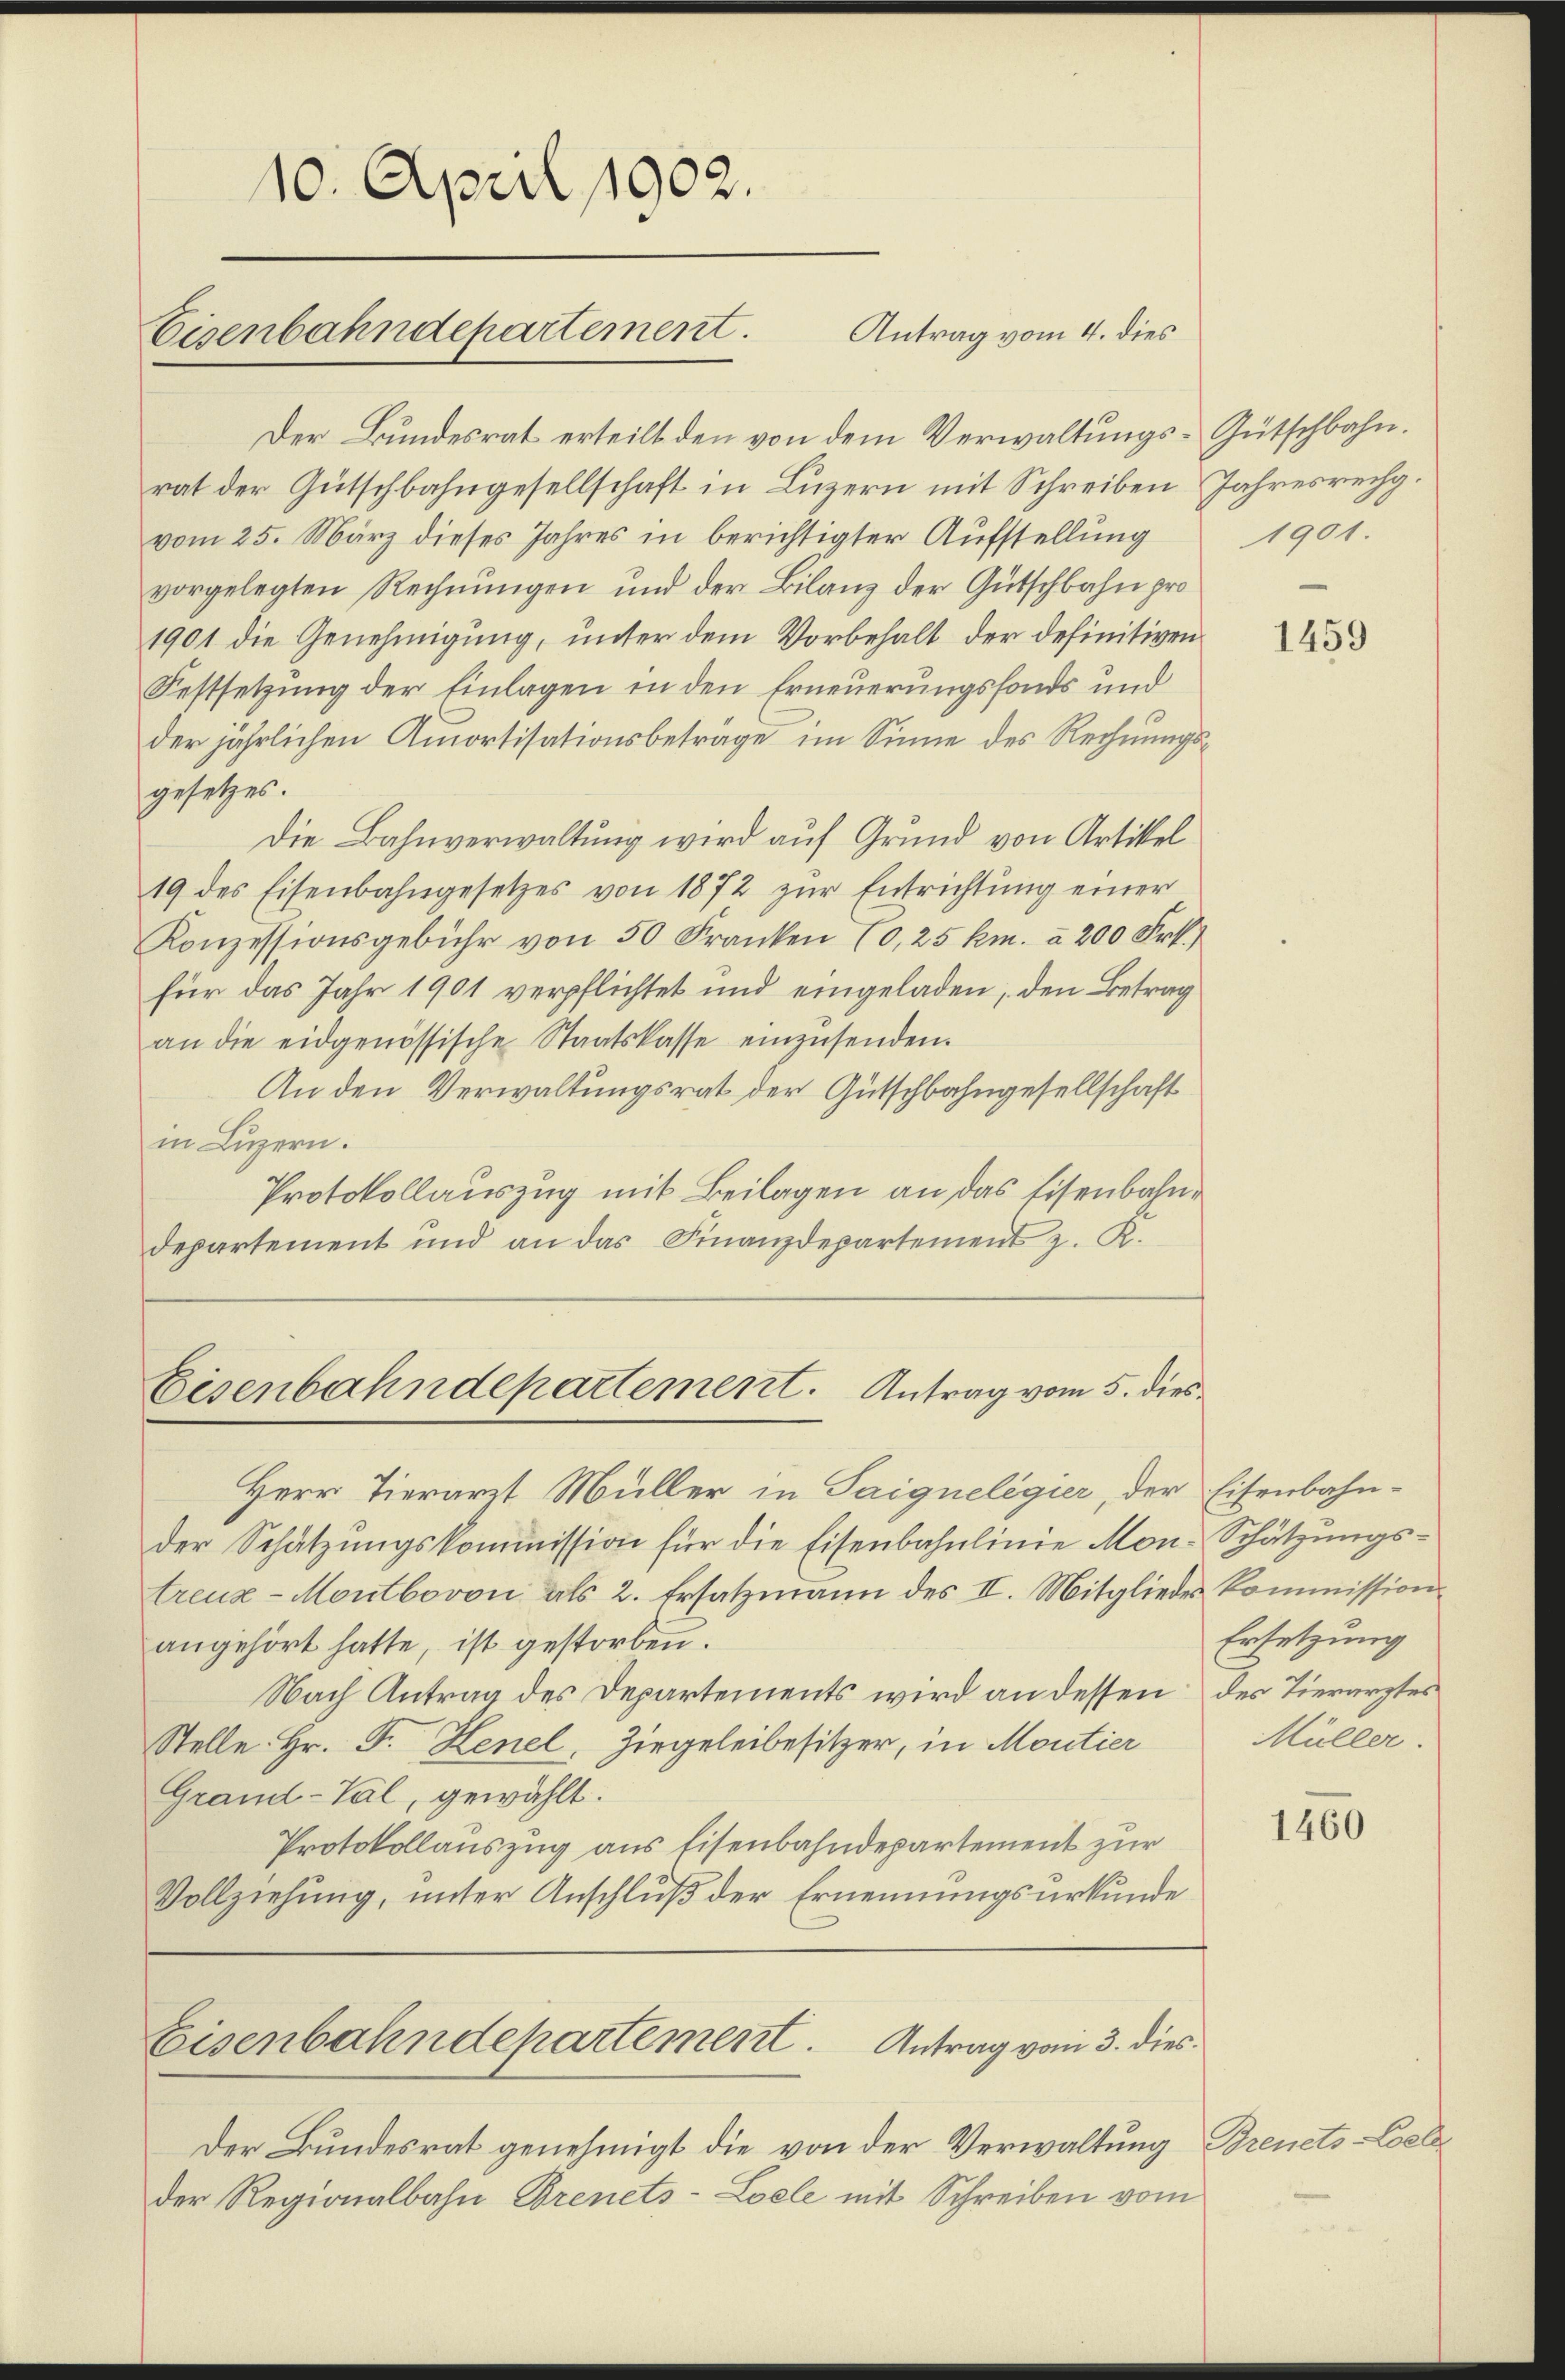
Der Bundesrat erteilt den von dem Verwaltungs-Gütschbahn.
rat der Gütschbahngesellschaft in Luzern mit Schreiben Jahresrechg.
vom 25. März dieses Jahres in berichtigter Aufstellung 1901.
vorgelegten Rechnungen und der Bilanz der Gütschbahn pro
1901 die Genehmigung, unter dem Vorbehalt der definitiven
Festsetzung der Einlagen in den Erneuerungsfonds und
der jährlichen Amortisationsbeträge im Sinne des Rechnungsgesetzes.
Die Bahnverwaltung wird auf Grund von Artikel
19 des Eisenbahngesetzes von 1872 zŭr Entrichtŭng einer
Konzessionsgebühr von 50 Franken (0,25 km. a 200 Frk.
für das Jahr 1901 verpflichtet und eingeladen, den Betrag
an die eidgenössische Staatskasse einzusenden.
An den Verwaltungsrat der Gütschbahngesellschaft
in Luzern.
Protokollauszug mit Beilagen an das Eisenbahndepartement und an das Finanzdepartement z. R.

10. April 1902.
Eisenbahndepartement.

Eisenbahndepartement. Antrag vom 5. dies¬

Eisenbahndepartement. Antrag vom 3. dies

Antrag vom 4. dies

Herr Tierarzt Müller in Saignelegier, der Eisenbahn-
der Schätzungskommission für die Eisenbahnlinie Mon-Schätzungstreuz-Montbovon als 2. Ersatzmann des II. Mitglieder Kommission
angehört hatte, ist gestorben.
Nach Antrag des Departements wird an dessen des Tierarztes
Stelle Hr. F. Henel, Ziegeleibesitzer, in Moutier
Grand-Val, gewählt.
Protokollauszug aus Eisenbahndepartement zur
Vollziehung, unter Anschluß der Ernennungsurkunde

1459

Ersetzung
Müller.

Der Bundesrat genehmigt die von der Verwaltung Brenets-Coel
der Regionalbahn Brenets-Loele mit Schreiben vom

1460